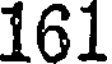
161